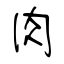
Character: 肉